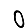
Digit: 0